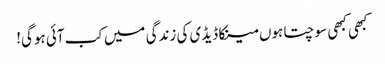
کبھی کبھی سوچتا ہوں مینکا ڈیڈی کی زندگی میں کب آئی ہوگی!